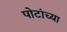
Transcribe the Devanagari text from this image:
पोटांच्या